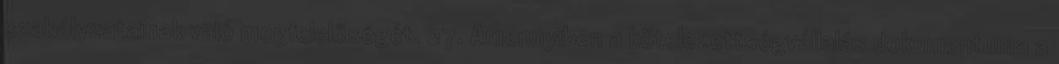
szabályzatainak való megfelelőségét. 27. Amennyiben a kötelezettségvállalás dokumentuma a